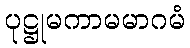
ပုဋ္ဌုမကာမမာဂမံ